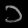
Digit: ၁